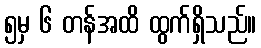
၅မှ ၆ တန်အထိ ထွက်ရှိသည်။